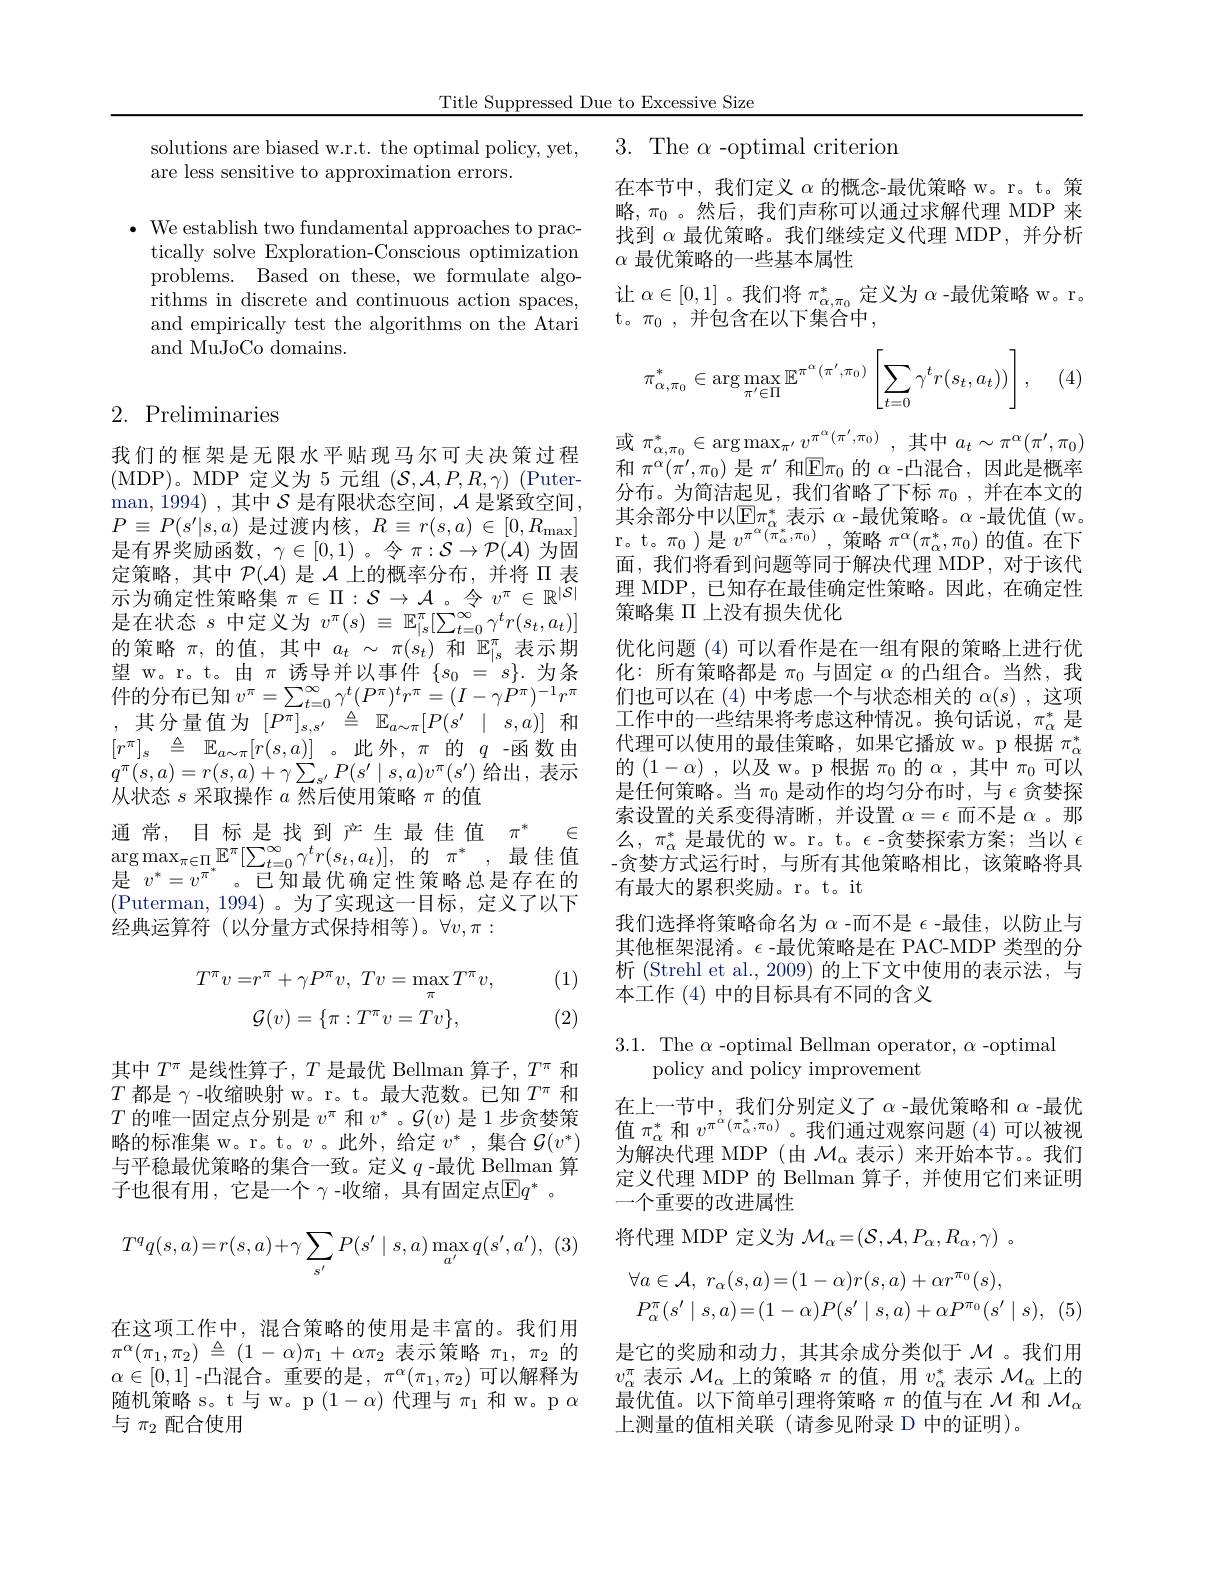
Title Suppressed Due to Excessive Size

solutions are biased w.r.t. the optimal policy, yet,
are less sensitive to approximation errors.

$\bullet$ We establish two fundamental approaches to prac-
tically solve Exploration-Conscious optimization problems. Based on these, we formulate algorithms in discrete and continuous action spaces, and empirically test the algorithms on the Atari and MuJoCo domains.

## 2. Preliminaries

我们的框架是无限水平贴现马尔可夫决策过程(MDP)。MDP 定义为 5 元组$(\mathcal{S},\mathcal{A},P,R,\gamma)$ (Puterman, 1994) , 其中 $\mathcal{S}$ 是有限状态空间$,\mathcal{A}$ 是紧致空间$P\equiv P(s^{\prime}|s,a)$ 是过渡内核$,R\equiv r(s,a)\in[0,R_{\mathrm{max}}]$ 是有界奖励函数，$\gamma\in[0,1)$。令$\pi:\mathcal{S}\to\mathcal{P}(\mathcal{A})$为固定策略，其中$\mathcal{P}(\mathcal{A})$是$\mathcal{A}$上的概率分布，并将$\Pi$表示为确定性策略集$\pi\in\Pi:\mathcal{S}\to\mathcal{A}$。令$v^\pi\in\mathbb{R}^{|S|}$ 是在状态$s$中定义为$v^\pi(s)\equiv\mathbb{E}_|s^\pi[\sum_{t=0}^\infty\gamma^tr(s_t,a_t)]$ 的策略$\pi$,的值，其中$a_t\sim\pi(s_t)$和$\mathbb{E}_|_s^\pi$表示期望 w。r。t。由$\pi$诱导并以事件$\{s_0=^{\prime}s\}.$为条$\begin{array}{rl}{\text{件的分布已知 }v^{\pi}=\sum_{t=0}^{\infty}\gamma^{t}(P^{\pi})^{t}r^{\pi}=(I-\gamma P^{\pi})^{-1}r^{\pi}}\\{\text{,其分量值为}}&{[P^{\pi}]_{s,s^{\prime}}}&{\stackrel{\Delta}{=}}&{\mathbb{E}_{a\sim\pi}[P(s^{\prime}\:|\: s,a)]}\end{array}$和$[ r^{\pi }] _s$ $\triangleq$ $\mathbb{E} _{a\sim \pi }[ r( s, a) ]$ 。此外$,\pi$ 的$q$-函数由$q^{\pi}(s,a)=r(s,a)+\gamma\sum_{s^{\prime}}P(s^{\prime}\mid s,a)v^{\pi}(s^{\prime})$ 给出，表示从状态$s$采取操作$a$然后使用策略$\pi$的值
通常，目标是找到产生最佳值$\pi^*\in$ $\arg \max _{\pi \in \Pi _{* }}\mathbb{E} ^{\pi }[ \sum _{t= 0}^{\infty }\gamma ^{t}r( s_{t}, a_{t}) ] $, 的$\pi ^*$ , 最佳值是$\bar{v^*}=\bar{v^{\pi^*}}$。已知最优确定性策略总是存在的(Puterman, 1994)。为了实现这一目标，定义了以下经典运算符(以分量方式保持相等)。$\forall v,\pi:$

(1)
$$T^{\pi}v=r^{\pi}+\gamma P^{\pi}v,\:Tv=\operatorname*{max}_{\pi}T^{\pi}v,\\\mathcal{G}(v)=\{\pi:T^{\pi}v=Tv\},$$
(2)

其中$T^\pi$是线性算子，$T$是最优 Bellman 算子，$T^\pi$和$T$都是$\gamma$ -收缩映射 w。r。t。最大范数。已知$T^\pi$和$T$的唯一固定点分别是$v^\pi$和$v^*$ 。$\mathcal{G}(v)$是 1 步贪婪策略的标准集 w。r。t。$v$。此外，给定$v^*$,集合$\mathcal{G}(v^*)$ 与平稳最优策略的集合一致。定义$q$ -最优 Bellman 算子也很有用，它是一个 $\gamma$ -收缩，具有固定点$\mathbb{E}q^*$。
$$T^qq(s,a)=r(s,a)+\gamma\sum_{s'}P(s'\mid s,a)\max_{a'}q(s',a'),$$
在这项工作中，混合策略的使用是丰富的。我们用$\pi ^{\alpha }( \pi _{1}, \pi _{2})$ $\triangleq$ $( 1- \alpha ) \pi _{1}+ \alpha \pi _{2}$ 表示策略$\pi _1$, $\pi _{2}$的$\alpha\in[0,1]$ -凸混合。重要的是$,\pi^\alpha(\pi_1,\pi_2)$ 可以解释为随机策略 s。t 与 w。p $(1-\alpha)$代理与$\pi_1$和 w。p $\alpha$ 与$\pi_2$配合使用

3. The $\alpha$ -optimal criterion

在本节中，我们定义$\alpha$的概念-最优策略 w。r。t。策略，$\pi_0$。然后，我们声称可以通过求解代理 MDP 来找到$\alpha$最优策略。我们继续定义代理 MDP,并分析$\alpha$最优策略的一些基本属性
让$\alpha\in[0,1]$ 。我们将$\pi_\alpha,\pi_0^*$定义为$\alpha$ -最优策略 w。r。
t。$\pi_0$,并包含在以下集合中，
$$\pi_{\alpha,\pi_0}^*\in\arg\max_{\pi'\in\Pi}\mathbb{E}^{\pi^\alpha(\pi',\pi_0)}\left[\sum_{t=0}\gamma^tr(s_t,a_t))\right],$$
(4,

或$\pi_{\alpha,\pi_{0}}^{*}\in\operatorname{arg}\operatorname*{max}_{\pi^{\prime}}v^{\pi^{\alpha}(\pi^{\prime},\pi_{0})}$,其中$a_t\sim\pi^{\alpha}(\pi^{\prime},\pi_{0})$ 和$\pi^\alpha(\pi^{\prime},\pi_0)$是$\pi^\prime$和$\mathbb{E}\pi_0$的$\alpha$ -凸混合，因此是概率分布。为简洁起见，我们省略了下标$\pi_0$,并在本文的其余部分中以$\mathbb{E}\pi_\alpha^*$ 表示 $\alpha$ -最优策略。$\alpha$ -最优值 (w。$\begin{array}{l}{\text{r。t。}\pi_{0}}\end{array}$)是$v^{\pi ^{\alpha }( \pi _{\alpha }^{* }, \pi _{0}) }$ ,策 略 $\pi ^{\alpha }( \pi _{\alpha }^{* }, \pi _{0})$ 的值。在下面，我们将看到问题等同于解决代理 MDP,对于该代理 MDP, 已知存在最佳确定性策略。因此，在确定性策略集$\Pi$上没有损失优化
优化问题(4)可以看作是在一组有限的策略上进行优化：所有策略都是$\pi_0$与固定$\alpha$的凸组合。当然，我们也可以在 (4)中考虑一个与状态相关的$\alpha(s)$,这项工作中的一些结果将考虑这种情况。换句话说，$\pi_\alpha^*$是代理可以使用的最佳策略，如果它播放 w。p 根据$\pi_\alpha^*$ 的$( 1- \alpha )$ ,以及 w。p 根据$\pi_0$的$\alpha$ ,其中$\pi_0$可以是任何策略。当$\pi_0$是动作的均匀分布时，与$\epsilon$贪婪探索设置的关系变得清晰，并设置$\alpha=\epsilon$而不是$\alpha$ 。那么，$\pi_\alpha^*$是最优的 w。r。t。$\epsilon$-贪婪探索方案；当以 $\epsilon$ -贪婪方式运行时，与所有其他策略相比，该策略将具有最大的累积奖励。r。t。it
我们选择将策略命名为$\alpha$ -而不是$\epsilon$ -最佳，以防止与其他框架混淆。$\epsilon$ -最优策略是在 PAC-MDP 类型的分析 (Strehl et al., 2009) 的上下文中使用的表示法，与本工作(4)中的目标具有不同的含义

3.1. The $\alpha$ -optimal Bellman operator, $\alpha$ -optimal
policy and policy improvement

在上一节中，我们分别定义了$\alpha$ -最优策略和$\alpha$ -最优值$\pi_\alpha^*$和$v^{\pi^{\alpha}(\pi_\alpha^*,\pi_0)}$。我们通过观察问题 (4)可以被视为解决代理 MDP(由$\mathcal{M}_\alpha$表示)来开始本节。我们定义代理 MDP 的 Bellman 算子，并使用它们来证明一个重要的改进属性

将代理 MDP 定义为$\mathcal{M}_\alpha=(\mathcal{S},\mathcal{A},P_\alpha,R_\alpha,\gamma)~.$
$$\begin{aligned}&\forall a\in\mathcal{A},\:r_{\alpha}(s,a)=(1-\alpha)r(s,a)+\alpha r^{\pi_{0}}(s),\\&P_{\alpha}^{\pi}(s'\mid s,a)=(1-\alpha)P(s'\mid s,a)+\alpha P^{\pi_{0}}(s'\mid s),\end{aligned}$$
是它的奖励和动力，其其余成分类似于$\mathcal{M}$ 。我们用$v_\alpha^\pi$表示$\mathcal{M}_\alpha$上的策略$\pi$的值，用$v_\alpha^*$表示$\mathcal{M}_\alpha$上的最优值。以下简单引理将策略$\pi$ 的值与在 $\mathcal{M}_{\alpha}$ 上测量的值相关联(请参见附录 D 中的证明)。